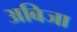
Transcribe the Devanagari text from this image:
अबिजा